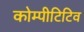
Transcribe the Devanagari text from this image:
कोम्पीटिटिव